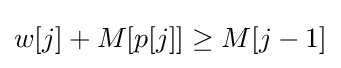
{\textstyle w[j]+M[p[j]]\geq M[j-1]}